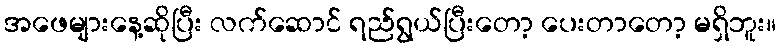
အဖေများနေ့ဆိုပြီး လက်ဆောင် ရည်ရွယ်ပြီးတော့ ပေးတာတော့ မရှိဘူး။